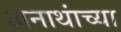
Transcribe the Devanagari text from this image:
अनाथांच्या